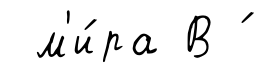
м'и́ра В ́